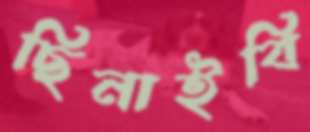
ছিনাইবি